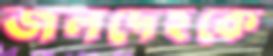
জলদেহকে